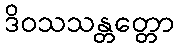
ဒိဝသသန္တတ္တော